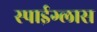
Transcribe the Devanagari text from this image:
स्पाईग्लास